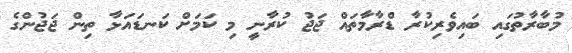
މުބާރާތުގައި ބައިވެރިކުރާ ޑްރާމާތައް ޖަޖު ކުރާނީ މި ކަމަށް ކަނޑައަޅާ ތިން ޖަޖުންގެ